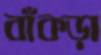
বাঁকড়া